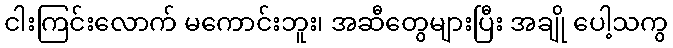
ငါးကြင်းလောက် မကောင်းဘူး၊ အဆီတွေများပြီး အချို ပေါ့သကွ